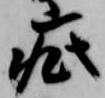
疵